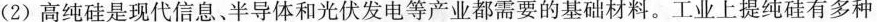
(2)高纯硅是现代信息、半导体和光伏发电等产业都需要的基础材料。工业上提纯硅有多种